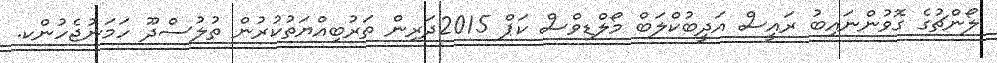
ލޯންޗުގެ ގޮވުންނައިބު ރައީސް އަދީބުކްލަބް މޯލްޑިވްސް ކަޕް 2015ދަރިން ތަރުބިއްޔަތުކުރުން ތުލުސްދޫ ހަމަނުޖެހުންކ.